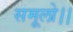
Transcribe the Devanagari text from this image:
समूलो।।